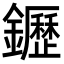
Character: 䥶